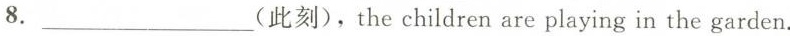
8. ___ (此刻),the children are playing in the garden.